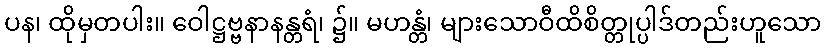
ပန၊ ထိုမှတပါး။ ဝေါဋ္ဌဗ္ဗနာနန္တရံ၊ ၌။ မဟန္တံ၊ များသောဝီထိစိတ္တုပ္ပါဒ်တည်းဟူသော